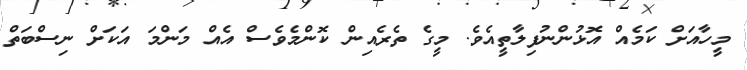
މީހާއަށް ކަމެއް އޮޅުންނުފިލާތީއެވެ. މީގެ ތެރެއިން ކޮންމެވެސް އެއް މަންމަ އަކަށް ނިސްބަތް